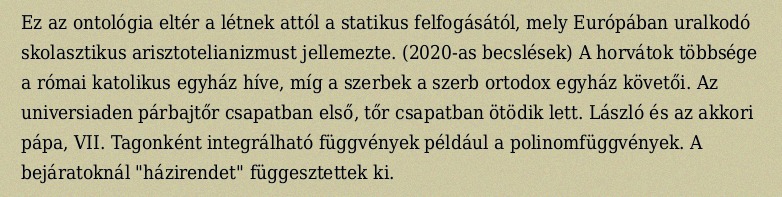
Ez az ontológia eltér a létnek attól a statikus felfogásától, mely Európában uralkodó skolasztikus arisztotelianizmust jellemezte. (2020-as becslések) A horvátok többsége a római katolikus egyház híve, míg a szerbek a szerb ortodox egyház követői. Az universiaden párbajtőr csapatban első, tőr csapatban ötödik lett. László és az akkori pápa, VII. Tagonként integrálható függvények például a polinomfüggvények. A bejáratoknál "házirendet" függesztettek ki.